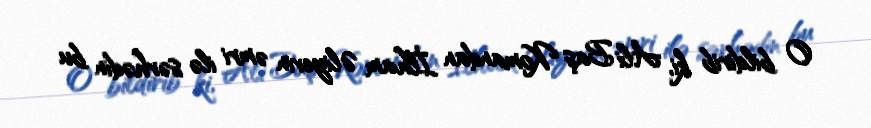
O bildirib ki, Ali Baş Komandan İlham Əliyevin əmri ilə sərhədin bu